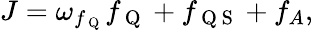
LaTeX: J=\omega_{f_{\mathrm{~Q~}}}f_{\mathrm{~Q~}}+f_{\mathrm{~Q~S~}}+f_{A},